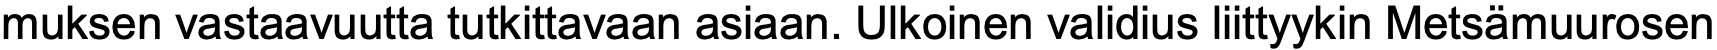
muksen vastaavuutta tutkittavaan asiaan. Ulkoinen validius liittyykin Metsämuurosen